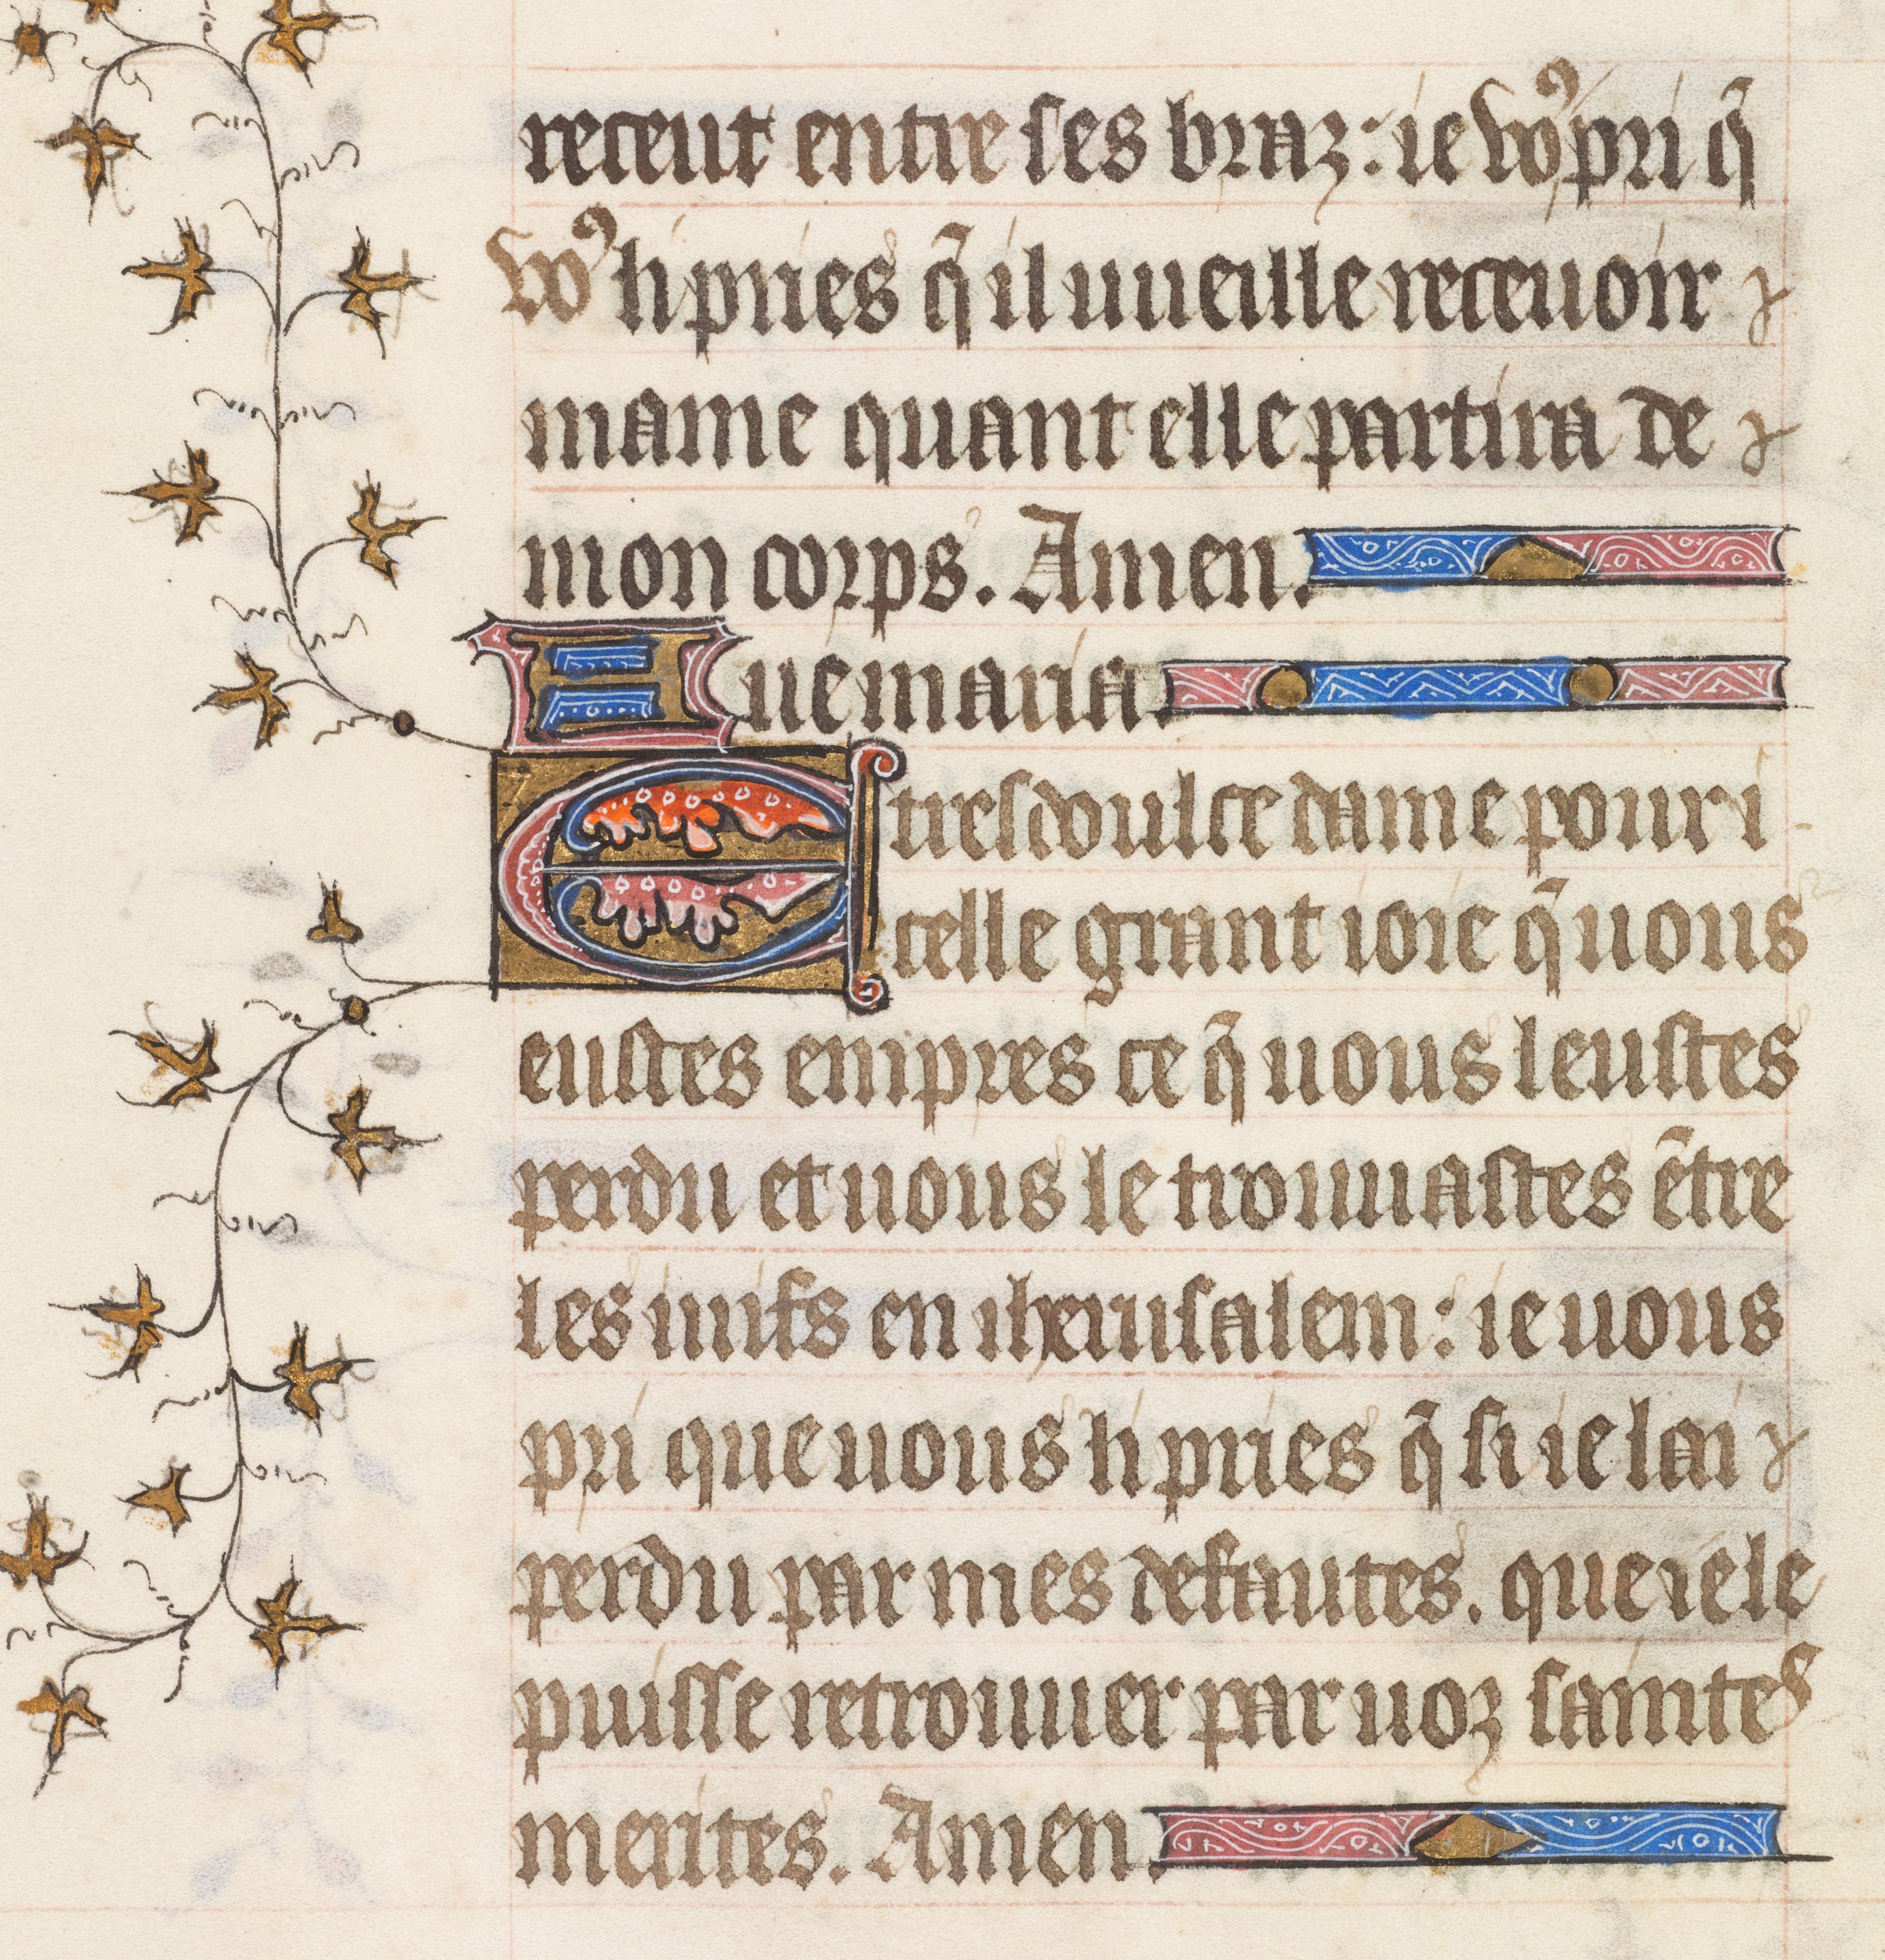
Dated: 1395–1425